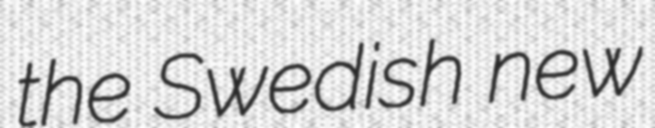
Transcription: the Swedish new